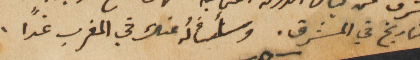
التاريخ في المشرق. وسأسألَهُ عنك في المغرب غداً.